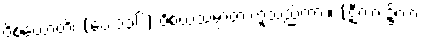
ဝိစယောတိ၊ (ပေ ၁၃၆) ဝိစယသမ္ပာတ ဟူသည်ကား။ (ဋီကာ ၌ကား